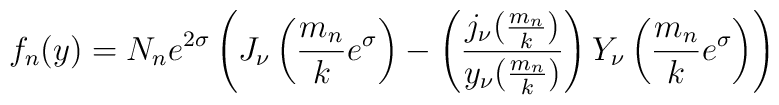
f_n(y)= N_n e^{2\sigma} \left( J_\nu\left({m_n \over k}e^{\sigma}\right) - \left({j_\nu({m_n \over k})\over y_\nu({m_n \over k})} \right) Y_\nu\left({m_n \over k}e^{\sigma}\right) \right)